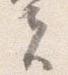
夫